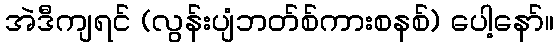
အဲဒီကျရင် (လွန်းပျံဘတ်စ်ကားစနစ်) ပေါ့နော်။